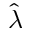
\hat { \lambda }